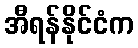
အီရန်နိုင်ငံက